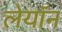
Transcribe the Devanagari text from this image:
लेयॉन